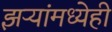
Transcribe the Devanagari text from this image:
झऱ्यांमध्येही